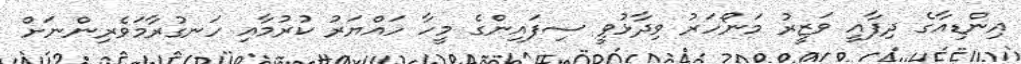
އިންޑިއާގެ ދިފާއީ ވަޒީރު މަނޯހަރު ވިދާޅުވީ ސިފައިންގެ މީހާ ހައްޔަރު ކުރުމާއި ހަނގުރާމަވެރިންނަށް